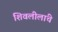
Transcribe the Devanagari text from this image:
शिवलीलांचे